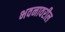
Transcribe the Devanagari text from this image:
भवनावरील